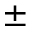
\pm